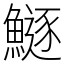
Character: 鱁